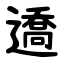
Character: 䢪